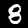
Label: 8